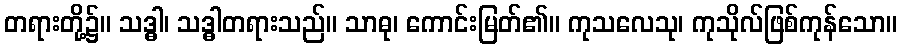
တရားတို့၌။ သဒ္ဓါ၊ သဒ္ဓါတရားသည်။ သာဓု၊ ကောင်းမြတ်၏။ ကုသလေသု၊ ကုသိုလ်ဖြစ်ကုန်သော။